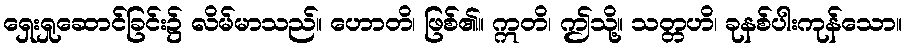
ရှေးရှုဆောင်ခြင်း၌ လိမ်မာသည်။ ဟောတိ၊ ဖြစ်၏။ ဣတိ၊ ဤသို့။ သတ္တဟိ၊ ခုနစ်ပါးကုန်သော။